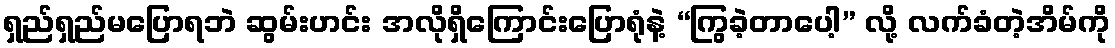
ရှည်ရှည်မပြောရဘဲ ဆွမ်းဟင်း အလိုရှိကြောင်းပြောရုံနဲ့ “ကြွခဲ့တာပေါ့” လို့ လက်ခံတဲ့အိမ်ကို